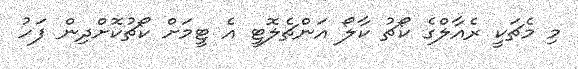
މި މެޗަކީ ރެއާލްގެ ކޯޗު ކާލޯ އަންޗެލޮޓީ އެ ޓީމަށް ކޯޗުކޮށްދިން ފަހު